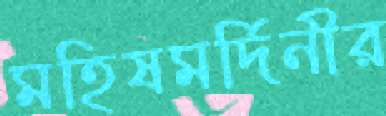
মহিষমর্দিনীর